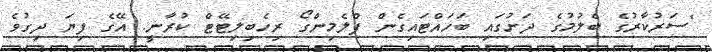
"ސަރުކާރުގެ ބެލުމުގެ ދަށުގައި ބަހައްޓައިގެން ފްލެމިންގޯ ރިހެބިލިޓޭޓް ކުރާނީ. އޭގެ ފިޔަ ދިގުވެ